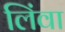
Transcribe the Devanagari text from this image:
लिंवा